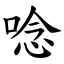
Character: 唸